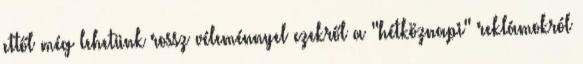
ettől még lehetünk rossz véleménnyel ezekről a "hétköznapi" reklámokról